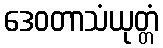
ဒေဝတာသံယုတ္တံ